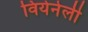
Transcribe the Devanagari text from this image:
वियेनेर्ली